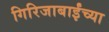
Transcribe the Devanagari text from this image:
गिरिजाबाईंच्या